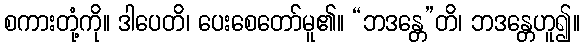
စကားတုံ့ကို။ ဒါပေတိ၊ ပေးစေတော်မူ၏။ “ဘဒန္တေ”တိ၊ ဘဒန္တေဟူ၍။